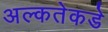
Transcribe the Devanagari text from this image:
अल्कतेकडे